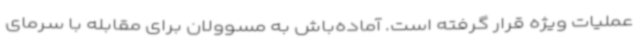
عملیات ویژه قرار گرفته است. آماده‌باش به مسوولان برای مقابله با سرمای